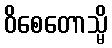
ဝိစေတောသ္မိ